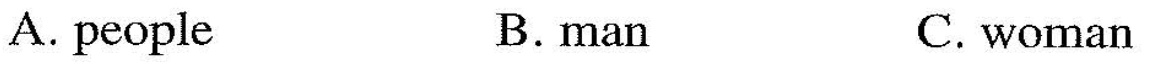
A. people B.man C. woman